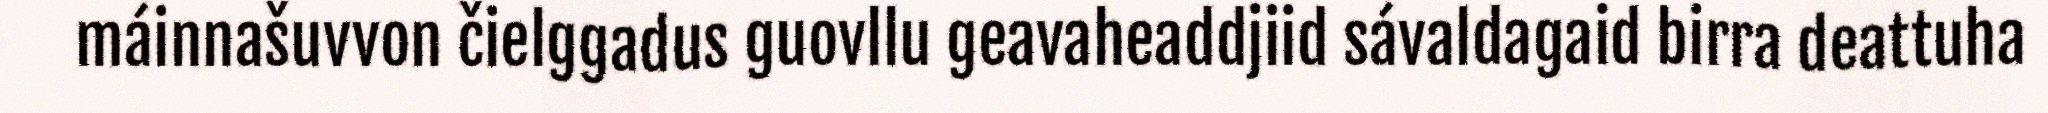
máinnašuvvon čielggadus guovllu geavaheaddjiid sávaldagaid birra deattuha